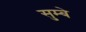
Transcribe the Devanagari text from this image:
सुम्बे